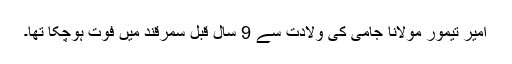
امیر تیمور مولانا جامی کی ولادت سے 9 سال قبل سمرقند میں فوت ہوچکا تھا۔